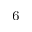
^ \mathrm { 6 }